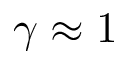
\gamma \approx 1